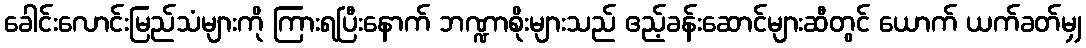
ခေါင်းလောင်းမြည်သံများကို ကြားရပြီးနောက် ဘဏ္ဍာစိုးများသည် ဧည့်ခန်းဆောင်များဆီတွင် ယောက် ယက်ခတ်မျှ